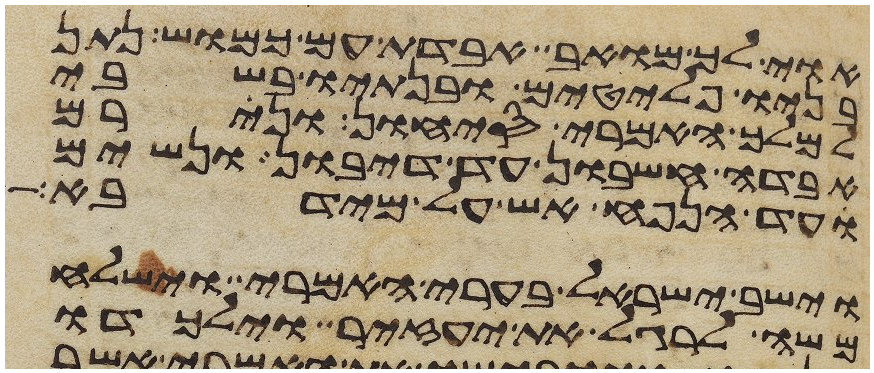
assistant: אוי לך מואב אבדת עם כמוש נתן
בניו פלטים ובנתיו בשבי
למלך האמרי סיחון ונירם
אבדה חשבון עד דיבון ונשים
עד הנפח אש על מידבא
וישב ישראל בערי האמרי וישלח
משה לרגל את יעזיר וילכדו